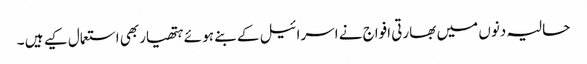
حالیہ دنوں میں بھارتی افواج نے اسرائیل کے بنے ہو ئے ہتھیاربھی استعمال کیے ہیں ۔